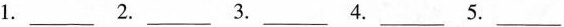
1.___ 2.___ 3.___4.___5.___